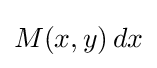
M(x,y)\,dx